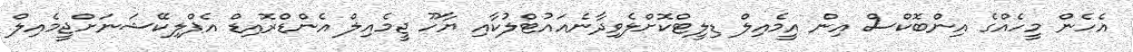
އެހެން މީހެއްގެ އިންބޮކްސް އިން އީމެއިލް ޑިލީޓްކޮށްލެވިދާނެއައުޓްލުކާއި ޔާހޫ ޖީމެއިލް އެންޑްރޮއިޑް އެޕްލިކޭޝަނަށްޖީމެއިލް